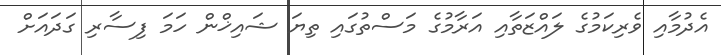
އެދުމާއި ވެރިކަމުގެ ލައްޒަތާއި އަރާމުގެ މަސްތުގައި ތިޔަ ޝައިޚްން ހަމަ ފިސާރި ގަދައަށް